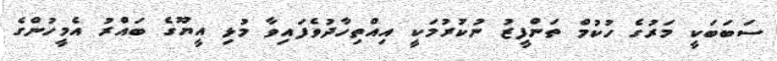
ސަބަބަކީ މަރުގެ ހުކުމް ތަންފީޒު ނުކުރުމަކީ އިއްތިހާދުވެފައިވާ މުޅި އީޔޫގެ ބައްރު އެމީހުންގެ